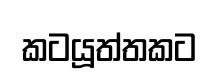
කටයූත්තකට